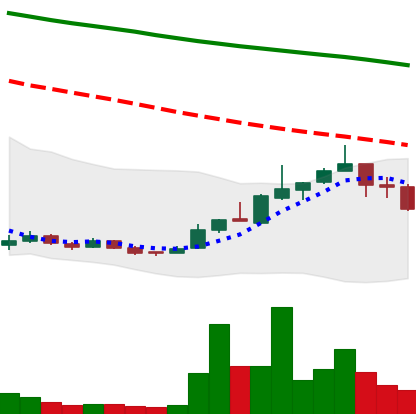
Ticker: ADA-USD
Chart end date: 2018-12-27
Forward return: 15.166%
Label: up_7plus